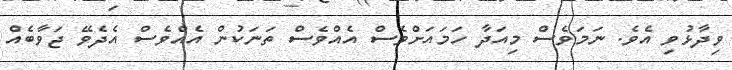
ވިދާޅުވި އެވެ. ނަމަވެސް މިއަދާ ހަމައަށްވެސް އެއްވެސް ތަނަކުން އެއްވެސް އެދެވޭ ޖަވާބެއް